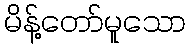
မိန့်တော်မူသော